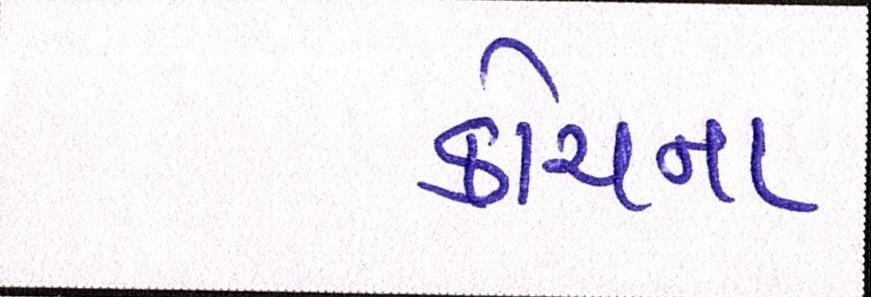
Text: કોચના